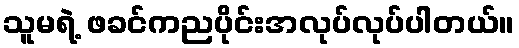
သူမရဲ့ ဖခင်ကညပိုင်းအလုပ်လုပ်ပါတယ်။